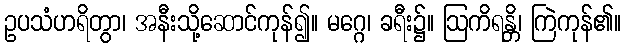
ဥပသံဟရိတွာ၊ အနီးသို့ဆောင်ကုန်၍။ မဂ္ဂေ၊ ခရီး၌။ ဩကိရန္တိ၊ ကြဲကုန်၏။